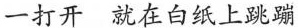
一打开就在白纸上跳蹦